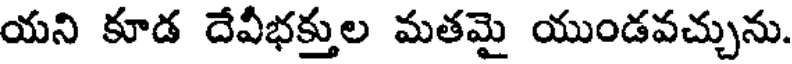
యని కూడ దేవీభక్తుల మతమై యుండవచ్చును.